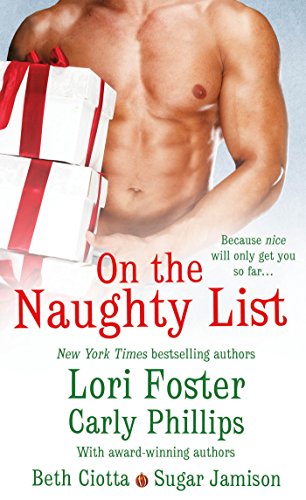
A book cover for On the Naughty List; Lori Foster; Romance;